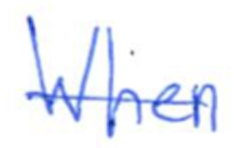
Text: When
Cross-out: single-line
Writing tool: ballpoint